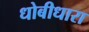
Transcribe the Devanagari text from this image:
धोबीधारा